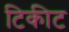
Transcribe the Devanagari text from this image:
टिकीट